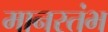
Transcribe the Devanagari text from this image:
मानस्तंभ